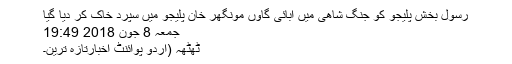
رسول بخش پلیجو کو جنگ شاھی میں آبائی گاوں مونگھر خان پلیجو میں سپرد خاک کر دیا گیا
جمعہ 8 جون 2018 19:49
ٹھٹھہ (اُردو پوائنٹ اخبارتازہ ترین۔